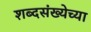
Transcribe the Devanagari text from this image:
शब्दसंख्येच्या